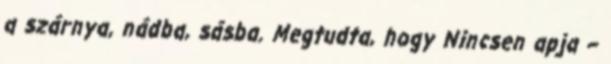
a szárnya, nádba, sásba. Megtudta, hogy Nincsen apja –